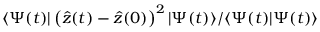
\langle \Psi ( t ) | \left( \hat { z } ( t ) - \hat { z } ( 0 ) \right) ^ { 2 } | \Psi ( t ) \rangle / \langle \Psi ( t ) | \Psi ( t ) \rangle